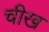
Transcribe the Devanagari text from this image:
चीख